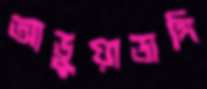
আডুয়াডাঙ্গি